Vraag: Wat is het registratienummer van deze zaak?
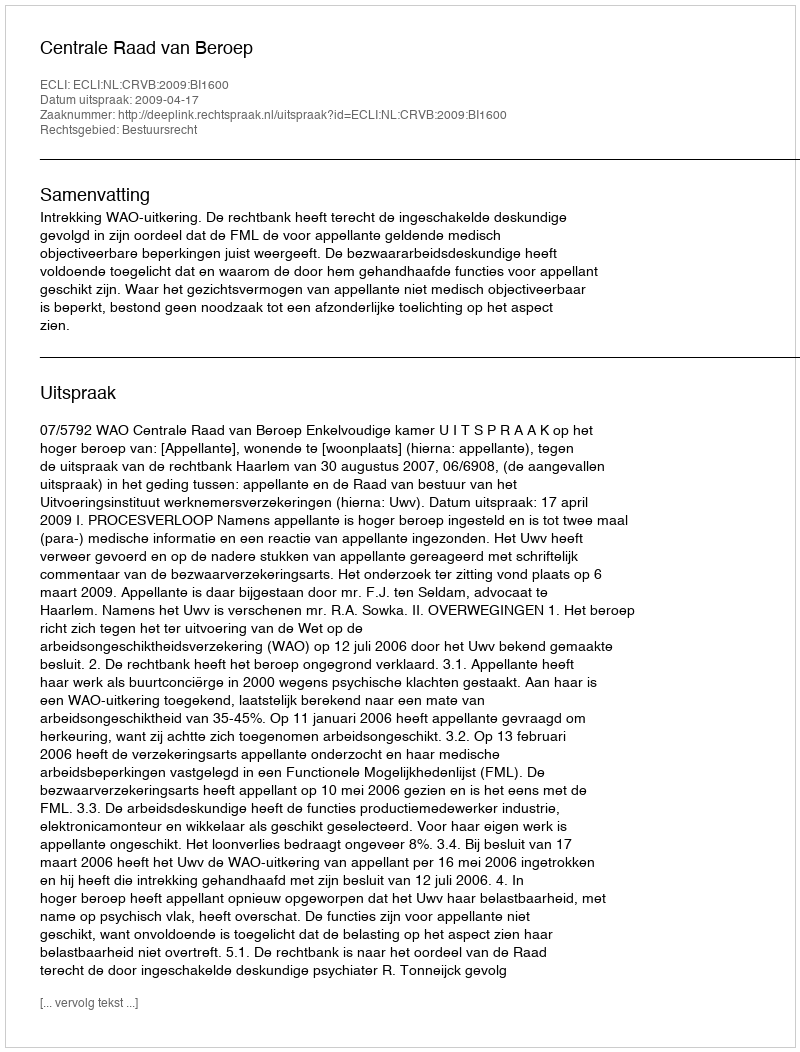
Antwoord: http://deeplink.rechtspraak.nl/uitspraak?id=ECLI:NL:CRVB:2009:BI1600